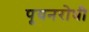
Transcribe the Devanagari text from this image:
पूयनरोधी